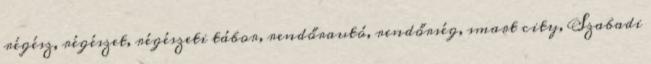
régész, régészet, régészeti tábor, rendőrautó, rendőrség, smart city, Szabadi